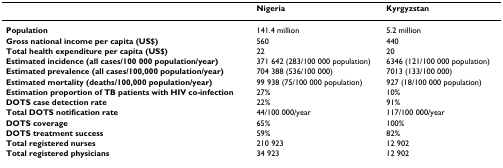
<table><thead><tr><td></td><td><b>Nigeria</b></td><td><b>Kyrgyzstan</b></td></tr></thead><tbody><tr><td><b>Population</b></td><td>141.4 million</td><td>5.2 million</td></tr><tr><td><b>Gross national income per capita (US$)</b></td><td>560</td><td>440</td></tr><tr><td><b>Total health expenditure per capita (US$)</b></td><td>22</td><td>20</td></tr><tr><td><b>Estimated incidence (all cases/100 000 population/year)</b></td><td>371 642 (283/100 000 population)</td><td>6346 (121/100 000 population)</td></tr><tr><td><b>Estimated prevalence (all cases/100,000 population/year)</b></td><td>704 388 (536/100 000)</td><td>7013 (133/100 000)</td></tr><tr><td><b>Estimated mortality (deaths/100,000 population/year)</b></td><td>99 938 (75/100 000 population)</td><td>927 (18/100 000 population)</td></tr><tr><td><b>Estimation proportion of TB patients with HIV co-infection</b></td><td>27%</td><td>10%</td></tr><tr><td><b>DOTS case detection rate</b></td><td>22%</td><td>91%</td></tr><tr><td><b>Total DOTS notification rate</b></td><td>44/100 000/year</td><td>117/100 000/year</td></tr><tr><td><b>DOTS coverage</b></td><td>65%</td><td>100%</td></tr><tr><td><b>DOTS treatment success</b></td><td>59%</td><td>82%</td></tr><tr><td><b>Total registered nurses</b></td><td>210 923</td><td>12 902</td></tr><tr><td><b>Total registered physicians</b></td><td>34 923</td><td>12 902</td></tr></tbody></table>